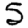
Digit: 5